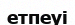
етпеуі